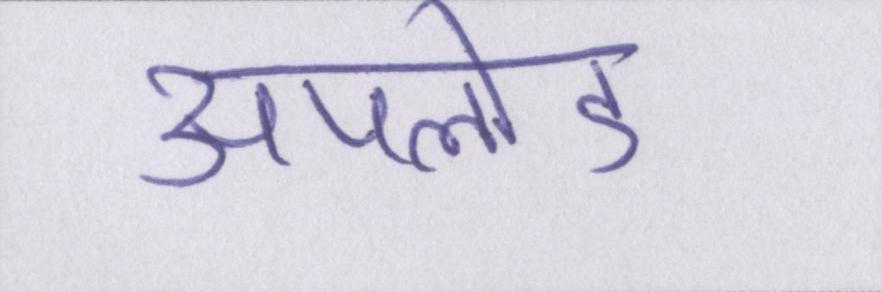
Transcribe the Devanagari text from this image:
अपलोड